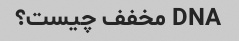
DNA مخفف چیست؟